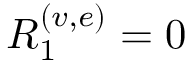
R _ { 1 } ^ { ( v , e ) } = 0